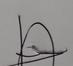
Signature authenticity: genuine